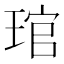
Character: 琯